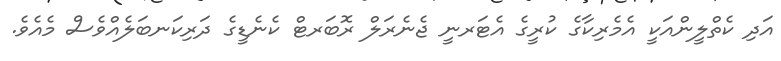
އަދި ކެތްލީންއަކީ އެމެރިކާގެ ކުރީގެ އެޓަރނީ ޖެނެރަލް ރޮބަރޓް ކެނެޑީގެ ދަރިކަނބަލެއްވެސް މެއެވެ.